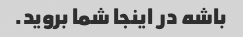
باشه در اینجا شما بروید.